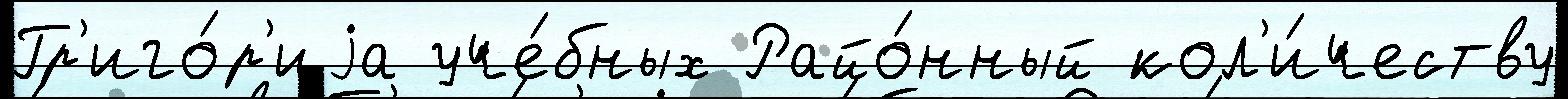
Гр'иго́р'иjа уче́бных Райо́нный кол'и́честву